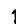
Digit: 1